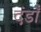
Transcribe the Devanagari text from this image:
दंडाँ